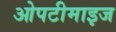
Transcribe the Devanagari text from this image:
ओपटीमाइज